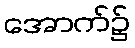
အောက်၌